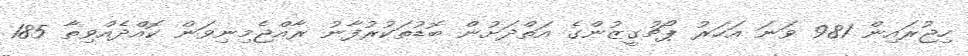
ހިޖުރައިން 981 ވަނަ އަހަރު ޕޯޗުގީޒުންގެ އަތްދަށުން ބޮޑުތަކުރުފާނު ރާއްޖެމިނިވަން ކޮއްދެއްވިތާ 185